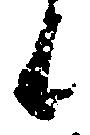
候